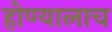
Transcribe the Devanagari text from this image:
होण्यालाच